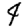
Digit: 4